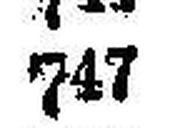
747